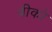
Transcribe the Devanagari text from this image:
बीको